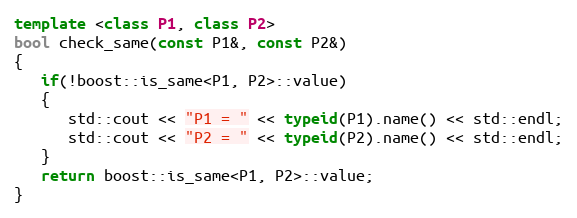
Language: C++
template <class P1, class P2>
bool check_same(const P1&, const P2&)
{
   if(!boost::is_same<P1, P2>::value)
   {
      std::cout << "P1 = " << typeid(P1).name() << std::endl;
      std::cout << "P2 = " << typeid(P2).name() << std::endl;
   }
   return boost::is_same<P1, P2>::value;
}